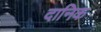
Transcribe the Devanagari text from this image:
दानिक